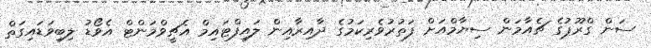
ސަން ގްރޫޕުގެ ޗެއާމަން ސިޔާމްއަށް ފަތުރުވެރިކަމުގެ ދާއިރާއިން ލައިފްޓައިމް އެޗީވްމަންޓް އެވޯޑު ލިބިވަޑައިގަތް